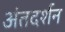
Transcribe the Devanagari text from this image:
अंतदर्शन